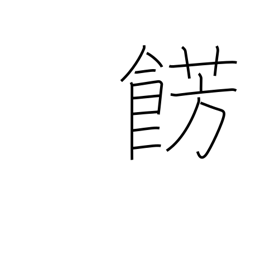
Meaning: embellish